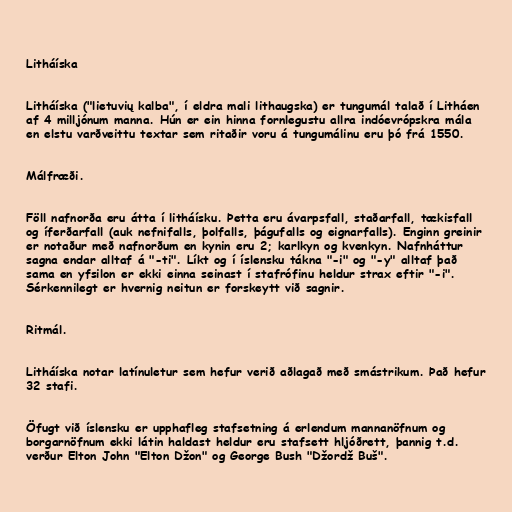
Litháíska

Litháíska ("lietuvių kalba", í eldra mali lithaugska) er tungumál talað í Litháen
af 4 milljónum manna. Hún er ein hinna fornlegustu allra indóevrópskra mála
en elstu varðveittu textar sem ritaðir voru á tungumálinu eru þó frá 1550.

Málfræði.

Föll nafnorða eru átta í litháísku. Þetta eru ávarpsfall, staðarfall, tækisfall
og íferðarfall (auk nefnifalls, þolfalls, þágufalls og eignarfalls). Enginn greinir
er notaður með nafnorðum en kynin eru 2; karlkyn og kvenkyn. Nafnháttur
sagna endar alltaf á "-ti". Líkt og í íslensku tákna "-i" og "-y" alltaf það
sama en yfsilon er ekki einna seinast í stafrófinu heldur strax eftir "-i".
Sérkennilegt er hvernig neitun er forskeytt við sagnir.

Ritmál.

Litháíska notar latínuletur sem hefur verið aðlagað með smástrikum. Það hefur
32 stafi.

Öfugt við íslensku er upphafleg stafsetning á erlendum mannanöfnum og
borgarnöfnum ekki látin haldast heldur eru stafsett hljóðrett, þannig t.d.
verður Elton John "Elton Džon" og George Bush "Džordž Buš".